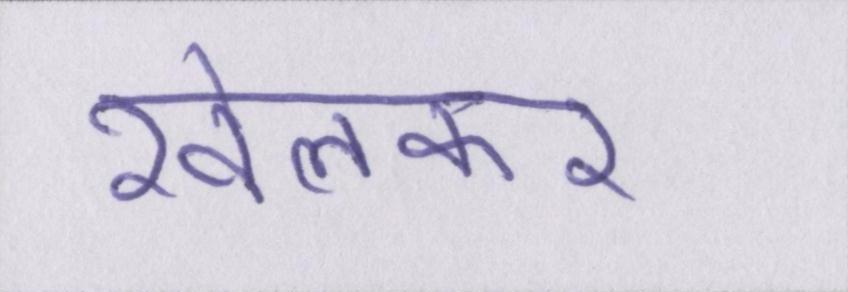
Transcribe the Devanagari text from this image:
खेलकर